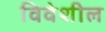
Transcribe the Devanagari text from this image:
विवेशील